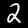
Label: 2